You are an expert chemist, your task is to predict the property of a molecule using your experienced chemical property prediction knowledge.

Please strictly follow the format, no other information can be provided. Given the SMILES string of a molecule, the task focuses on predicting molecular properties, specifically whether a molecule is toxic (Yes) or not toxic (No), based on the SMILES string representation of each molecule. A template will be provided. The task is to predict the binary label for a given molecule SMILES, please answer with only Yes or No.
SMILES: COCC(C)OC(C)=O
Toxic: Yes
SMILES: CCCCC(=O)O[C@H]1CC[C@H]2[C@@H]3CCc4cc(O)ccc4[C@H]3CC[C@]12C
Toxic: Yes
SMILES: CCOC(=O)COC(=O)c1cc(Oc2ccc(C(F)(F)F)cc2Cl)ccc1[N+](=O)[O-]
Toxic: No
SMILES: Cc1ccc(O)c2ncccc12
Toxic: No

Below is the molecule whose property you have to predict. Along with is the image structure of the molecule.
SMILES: Cc1cc(O)c(C)c(C)c1O
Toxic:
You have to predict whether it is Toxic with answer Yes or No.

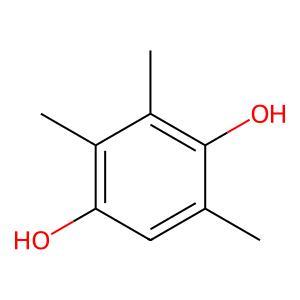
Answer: No